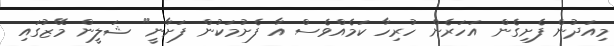
މިއަދުން ފެށިގެން އަހަރެން ހުރިހާ ކަމެއްވެސް އާ ފެށުމަކުން ފަށާނީ" ޝަލީން މޭޒުގައި